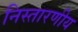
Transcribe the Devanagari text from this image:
निस्तारणीय